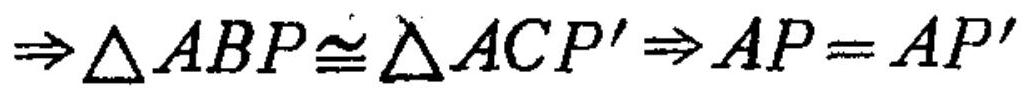
\(\Rightarrow \triangle ABP\cong\triangle ACP'\Rightarrow AP = AP'\)